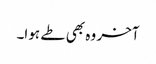
آخر وہ بھی طے ہوا۔